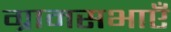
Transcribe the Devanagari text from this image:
ग्रामसभाएँ